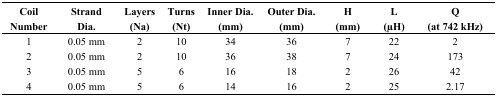
<table><thead><tr><td><b>Coil Number</b></td><td><b>Strand Dia.</b></td><td><b>Layers(Na)</b></td><td><b>Turns(Nt)</b></td><td><b>Inner Dia.(mm)</b></td><td><b>Outer Dia.(mm)</b></td><td><b>H(mm)</b></td><td><b>L(μH)</b></td><td><b>Q(at 742 kHz)</b></td></tr></thead><tbody><tr><td>1</td><td>0.05 mm</td><td>2</td><td>10</td><td>34</td><td>36</td><td>7</td><td>22</td><td>2</td></tr><tr><td>2</td><td>0.05 mm</td><td>2</td><td>10</td><td>36</td><td>38</td><td>7</td><td>24</td><td>173</td></tr><tr><td>3</td><td>0.05 mm</td><td>5</td><td>6</td><td>16</td><td>18</td><td>2</td><td>26</td><td>42</td></tr><tr><td>4</td><td>0.05 mm</td><td>5</td><td>6</td><td>14</td><td>16</td><td>2</td><td>25</td><td>2.17</td></tr></tbody></table>